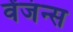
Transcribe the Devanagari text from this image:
वेंजंन्स